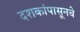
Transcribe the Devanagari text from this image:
दशकांपासूनचे